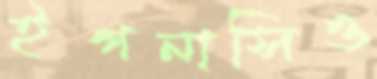
ইগনাসিও